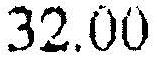
32.00